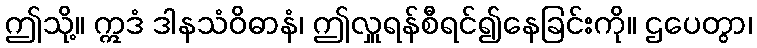
ဤသို့။ ဣဒံ ဒါနသံဝိဓာနံ၊ ဤလှူရန်စီရင်၍နေခြင်းကို။ ဌပေတွာ၊